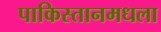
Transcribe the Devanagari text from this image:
पाकिस्तानमधला